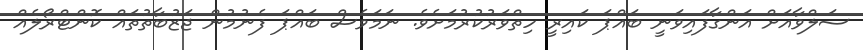
ސަލްވާއަށް އަންގާފައިވަނީ ބައްޕަ ކައިރީ ހިތްވަރުކުރުމަށެވެ. ނަމަވެސް ބައްޕަ ފެނުމުން ޖަޒުބާތުތައް ކޮންޓްރޯލެއް